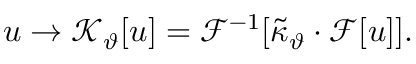
u \rightarrow \mathcal { K } _ { \vartheta } [ u ] = \mathcal { F } ^ { - 1 } [ \tilde { \kappa } _ { \vartheta } \cdot \mathcal { F } [ u ] ] .